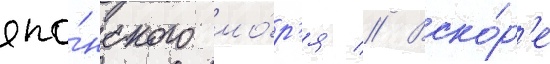
япо́нского мо́р'я // Вско́р'е